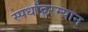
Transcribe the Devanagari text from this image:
स्पर्धांदरम्यान